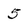
Character: 5